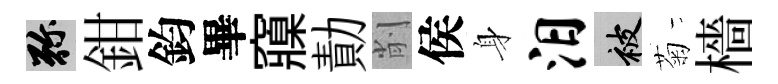
弥鉗鈞畢䆿勣削侯身汨被菊檣